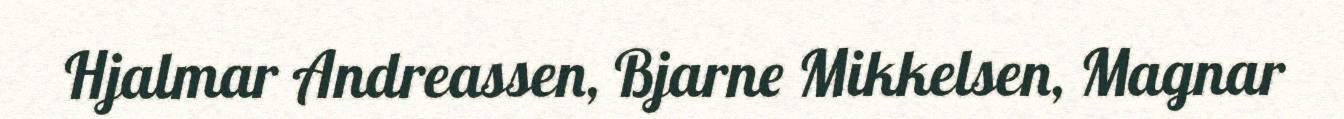
Hjalmar Andreassen, Bjarne Mikkelsen, Magnar